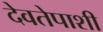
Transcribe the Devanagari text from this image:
देवतेपाशी